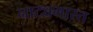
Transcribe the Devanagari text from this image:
नाट्यभारत